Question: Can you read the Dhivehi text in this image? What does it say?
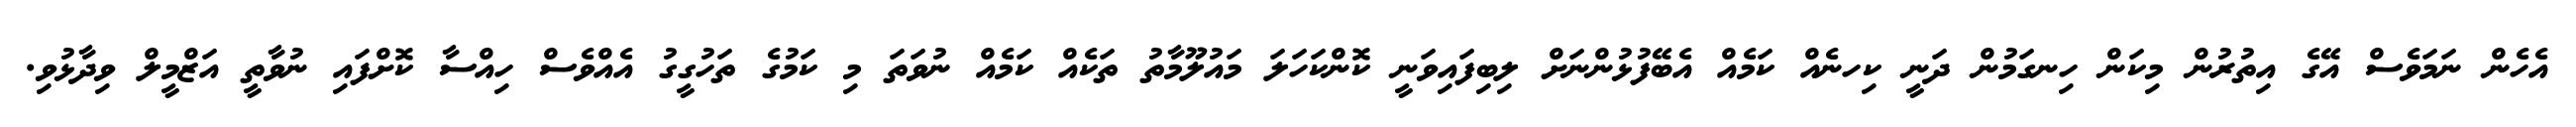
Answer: އެހެން ނަމަވެސް އޭގެ އިތުރުން މިކަން ހިނގަމުން ދަނީ ކިހނެއް ކަމެއް އެބޭފުޅުންނަށް ލިބިފައިވަނީ ކޮންކަހަލަ މައުލޫމާތު ތަކެއް ކަމެއް ނުވަތަ މި ކަމުގެ ތަހުގީގު އެއްވެސް ހިއްސާ ކޮށްފައި ނުވާތީ އަޒްމީލް ވިދާޅުވި.